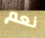
نعم